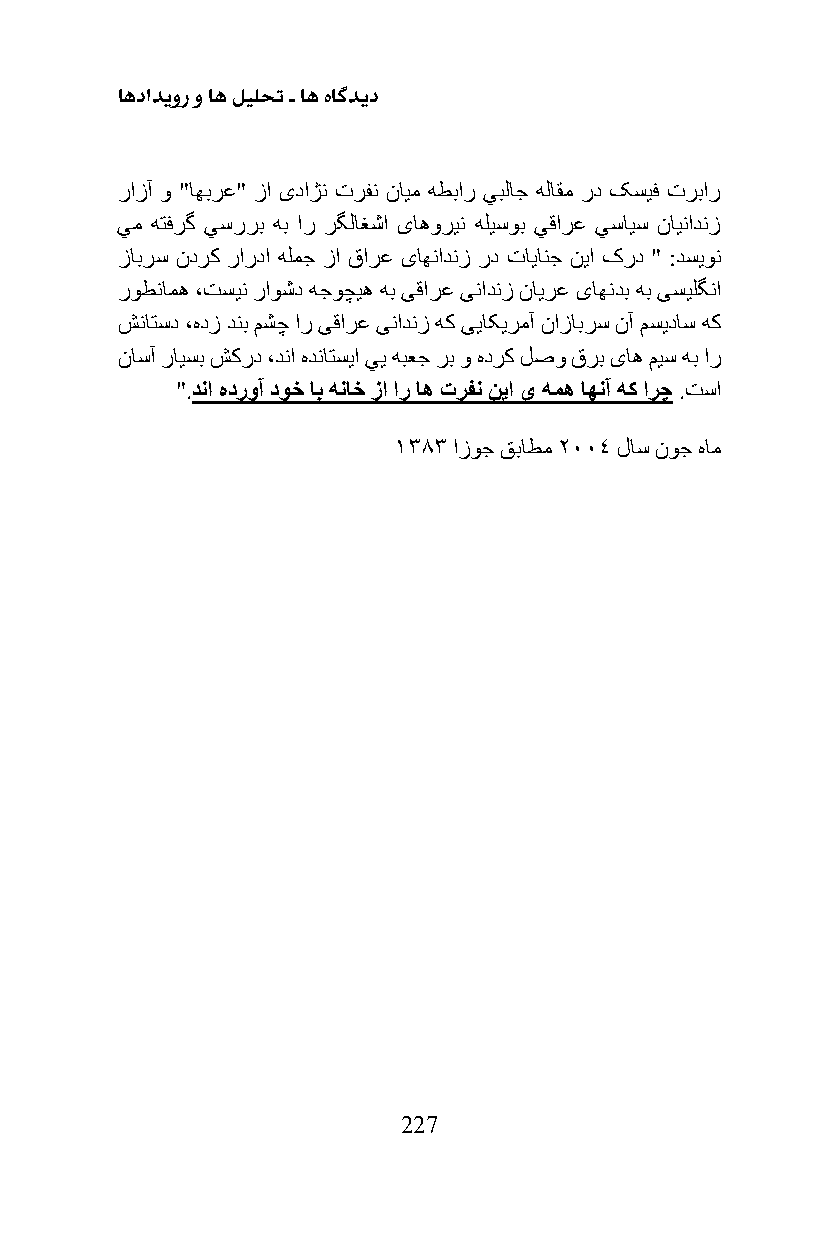
اهدادیور و اه لیلحت ـ اه هاگدید
 رازآ و "اهبرع" زا یداژن ترفن نایم هطبار يبلاج هلاقم رد کسیف تربار
 يم هتفرگ يسررب هب ار رگلاغشا یاهورین هلیسوب يقارع يسایس ناینادنز
 زابرس ندرک راردا هلمج زا قارع یاهنادنز رد تایانج نیا کرد " :دسیون
 روطنامه ،تسین راوشد هجوچیه هب یقارع ینادنز نایرع یاهندب هب یسیلگنا
 شناتسد ،هدز دنب مشچ ار یقارع ینادنز هک ییاکیرمآ نازابرس نآ مسیداس هک
 ناسآ رایسب شکرد ،دنا هدناتسیا يی هبعج رب و هدرک لصو قرب یاه میس هب ار
 ".دنا هدروآ دوخ اب هناخ زا ار اه ترفن نیا ی همه اهنآ هک ارچ .تسا
 1383 ازوج قباطم 2004 لاس نوج هام
 227